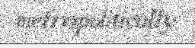
metropolitically